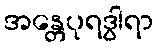
အန္တေပုရဒွါရာ